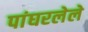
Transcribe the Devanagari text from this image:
पांघरलेले